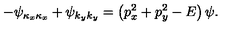
- \psi _ { \kappa _ { x } \kappa _ { x } } + \psi _ { k _ { y } k _ { y } } = \left( p _ { x } ^ { 2 } + p _ { y } ^ { 2 } - E \right) \psi .